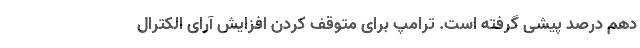
دهم درصد پیشی گرفته است. ترامپ برای متوقف کردن افزایش آرای الکترال